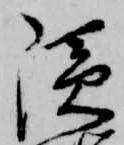
隠